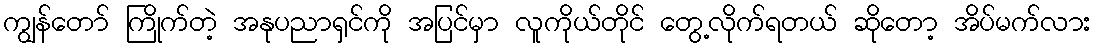
ကျွန်တော် ကြိုက်တဲ့ အနုပညာရှင်ကို အပြင်မှာ လူကိုယ်တိုင် တွေ့လိုက်ရတယ် ဆိုတော့ အိပ်မက်လား